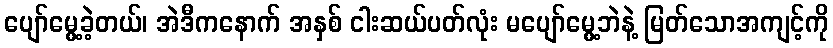
ပျော်မွေ့ခဲ့တယ်၊ အဲဒီကနောက် အနှစ် ငါးဆယ်ပတ်လုံး မပျော်မွေ့ဘဲနဲ့ မြတ်သောအကျင့်ကို